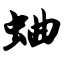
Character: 蛐